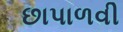
છાપાળવી